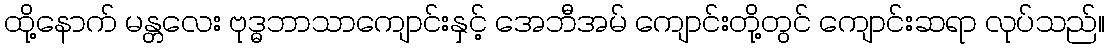
ထို့နောက် မန္တလေး ဗုဒ္ဓဘာသာကျောင်းနှင့် အေဘီအမ် ကျောင်းတို့တွင် ကျောင်းဆရာ လုပ်သည်။